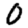
Digit: 0